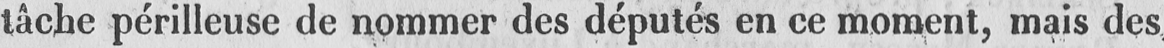
tâche périlleuse de nommer des députés en ce moment, mais des